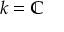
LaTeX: k = \mathbb { C }